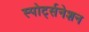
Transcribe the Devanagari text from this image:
स्पोर्ट्सनेशन